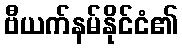
ဗီယက်နမ်နိုင်ငံ၏